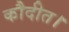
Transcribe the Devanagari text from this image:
कौदीत।